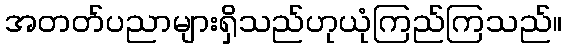
အတတ်ပညာများရှိသည်ဟုယုံကြည်ကြသည်။